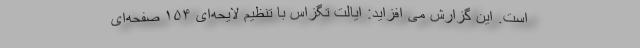
است. این گزارش می افزاید: ایالت تگزاس با تنظیم لایحه‌ای ۱۵۴ صفحه‌ای